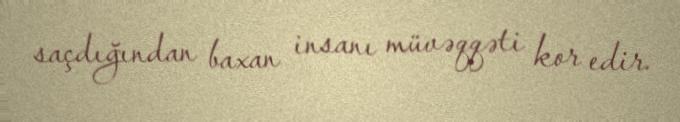
saçdığından baxan insanı müvəqqəti kor edir.